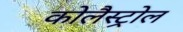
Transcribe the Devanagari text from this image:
कोलैस्ट्रोल